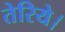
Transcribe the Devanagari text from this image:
तेरिये।